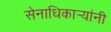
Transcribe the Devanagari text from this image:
सेनाधिकार्‍यांनी